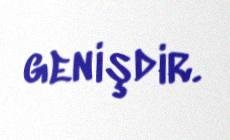
genişdir.